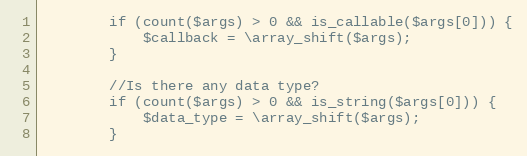
Language: PHP
        if (count($args) > 0 && is_callable($args[0])) {
            $callback = \array_shift($args);
        }

        //Is there any data type?
        if (count($args) > 0 && is_string($args[0])) {
            $data_type = \array_shift($args);
        }